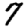
Digit: 7